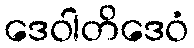
ဒေဝါတိဒေဝံ